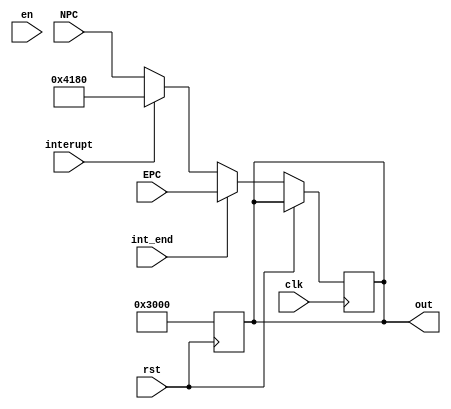
`timescale 1ns / 1ps
//////////////////////////////////////////////////////////////////////////////////
// Company: 
// Engineer: 
// 
// Design Name: 
// Module Name:    pc 
// Project Name: 
// Target Devices: 
// Tool versions: 
// Description: 
//
// Dependencies: 
//
// Revision: 
// Revision 0.01 - File Created
// Additional Comments: 
//
//////////////////////////////////////////////////////////////////////////////////
module pc(
    input [31:0]NPC,EPC,
    input clk,
    input rst,
	 input en,
	 input int_end,
	 input interupt,
    output [31:0]out
    );
reg [31:0]PC;
assign out=PC;
always @(posedge rst)
begin
	PC<=32'h00003000;
end
always @(posedge clk)
begin
	if(rst==0)
	begin 
		if(int_end==1)
			PC<=EPC;
		else if(interupt==1)
			PC<=32'h0000_4180;
		else 
			PC<=NPC;
	end
end
endmodule